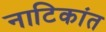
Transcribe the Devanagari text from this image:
नाटिकांत